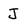
Character: J